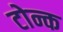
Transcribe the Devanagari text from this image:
टोन्क